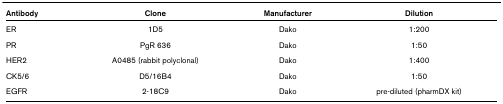
| Antibody | Clone | Manufacturer | Dilution |
 | --- | --- | --- | --- |
 | ER | 1D5 | Dako | 1:200 |
 | PR | PgR 636 | Dako | 1:50 |
 | HER2 | A0485 (rabbit polyclonal) | Dako | 1:400 |
 | CK5/6 | D5/16B4 | Dako | 1:50 |
 | EGFR | 2-18C9 | Dako | pre-diluted (pharmDX kit) |